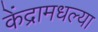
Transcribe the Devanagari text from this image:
केंद्रामधल्या